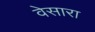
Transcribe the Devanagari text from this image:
वेसारा